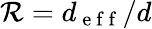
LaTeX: \mathcal{R}=d_{\mathrm{~e~f~f~}}/d